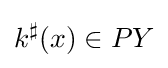
k^{\sharp }(x)\in PY